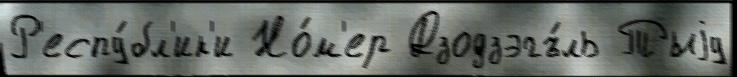
Р'еспу́бл'ик'и Но́м'ер Дзодзэгъ́ль Тыjу